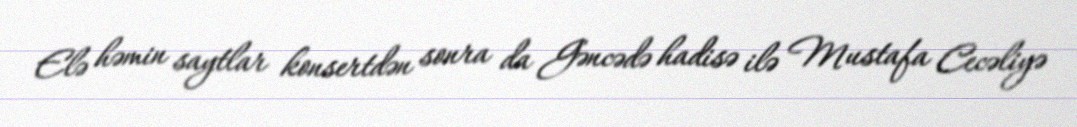
Elə həmin saytlar konsertdən sonra da Gəncədə hadisə ilə Mustafa Cecəliyə